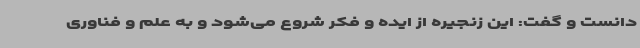
دانست و گفت: این زنجیره از ایده و فکر شروع می‌شود و به علم و فناوری